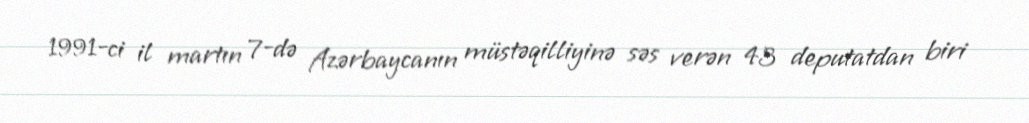
1991-ci il martın 7-də Azərbaycanın müstəqilliyinə səs verən 43 deputatdan biri